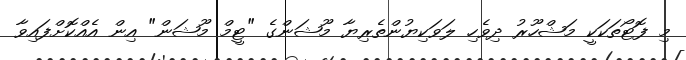
މި ފޮޓޯތަކަކީ މަޝްހޫރު ދިވެހި ލަވަކިޔުންތެރިޔާ މޫޝަންގެ "ޓީމް މޫޝަން" އިން އެއްކޮށްފައިވާ